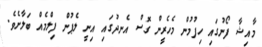
މާއިޝާ ފޯނުގައި ހިފުމުން މެހެރީން ގޮސް އެނދުގައި އިނީ ލެޕުން ފިލްމެއް ބަލާށެވެ.